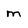
Character: m